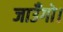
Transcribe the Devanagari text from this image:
जाउँगो।